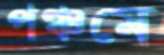
পঞ্চমে